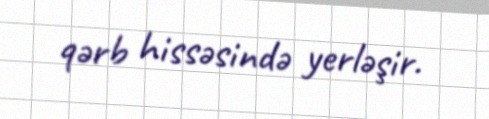
qərb hissəsində yerləşir.